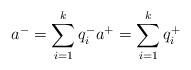
LaTeX: \begin{align*}a^- = \sum_{i=1}^{k} q_i^- a^+ = \sum_{i=1}^{k} q_i^+\end{align*}